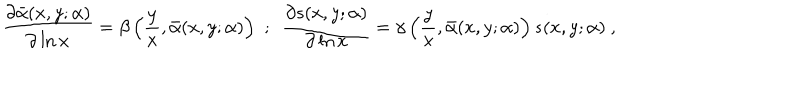
LaTeX: \frac { \partial \bar { \alpha } ( x , y ; \alpha ) } { \partial \ln x } = \beta \left( \frac { y } { x } , \bar { \alpha } ( x , y ; \alpha ) \right) \, \, ; \, \, \, \frac { \partial s ( x , y ; \alpha ) } { \partial \ln x } = \gamma \left( \frac { y } { x } , \bar { \alpha } ( x , y ; \alpha ) \right) s ( x , y ; \alpha ) ~ ,